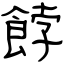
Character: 餑